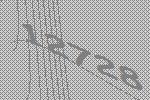
12728